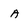
Character: a